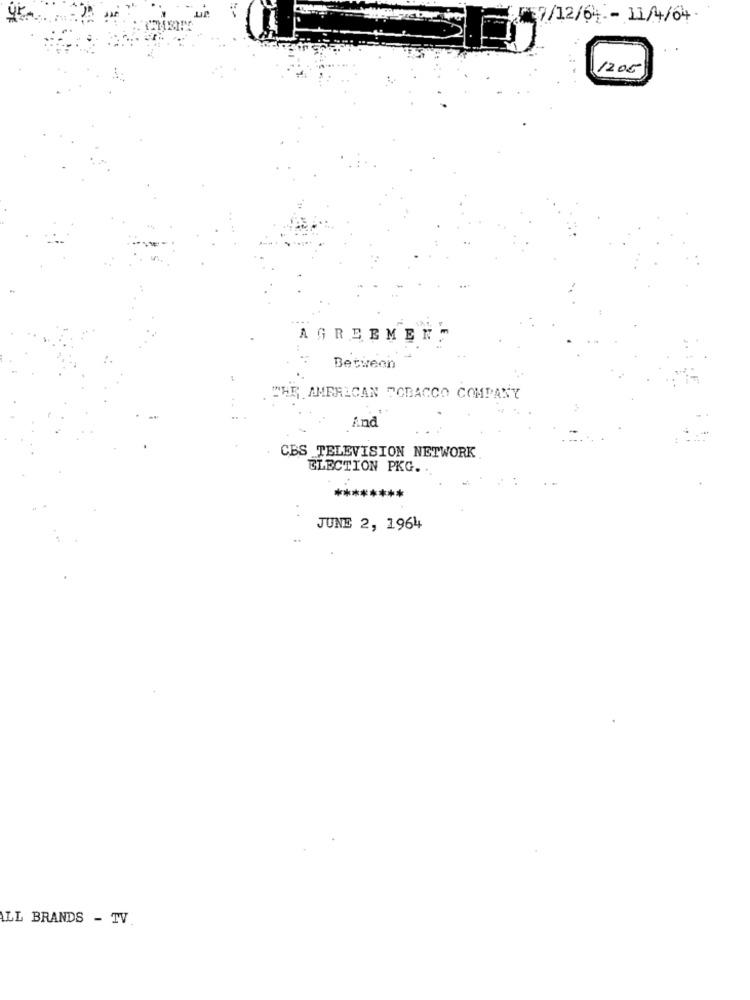
/7/12/64 - 11/4/04.
1205
AGREEMEN
Between
THE AMERICAN TOBACCO COMPANY
And
. CBS TELEVISION NETWORK
ELECTION PKG.
********
JUNE 2, 1964
LLL BRANDS - TV.